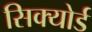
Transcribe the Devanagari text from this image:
सिक्योर्ड